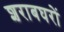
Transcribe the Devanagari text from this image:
शराबघरों